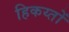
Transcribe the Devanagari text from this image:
हिकय्तों